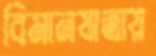
বিমানযাত্রায়